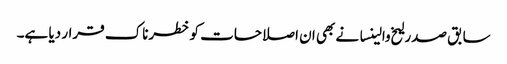
سابق صدر لیخ والینسا نے بھی ان اصلاحات کو خطرناک قرار دیا ہے۔